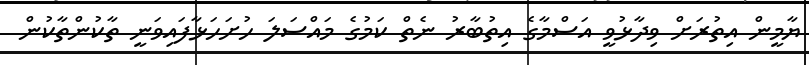
ޔާމީން އިތުރަށް ވިދާޅުވީ އަސްމާގެ އިތުބާރު ނެތް ކަމުގެ މައްސަލަ ހުށަހަޅާފައިވަނީ ތާކުންތާކުން